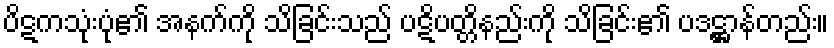
ပိဋကသုံးပုံ၏ အနက်ကို သိခြင်းသည် ပဋိပတ္တိနည်းကို သိခြင်း၏ ပဒဋ္ဌာန်တည်း။